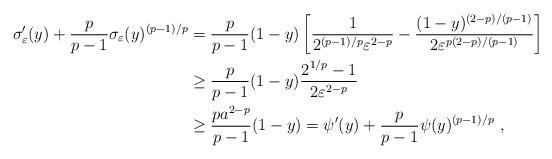
LaTeX: \begin{align*}\sigma_\varepsilon'(y) + \frac{p}{p-1} \sigma_\varepsilon(y)^{(p-1)/p} & = \frac{p}{p-1} (1-y) \left[ \frac{1}{2^{(p-1)/p} \varepsilon^{2-p}} - \frac{(1-y)^{(2-p)/(p-1)}}{2 \varepsilon^{p(2-p)/(p-1)}} \right] \\& \ge \frac{p}{p-1} (1-y) \frac{2^{1/p} - 1}{2 \varepsilon^{2-p}} \\& \ge \frac{p a^{2-p}}{p-1} (1-y) = \psi'(y) + \frac{p}{p-1} \psi(y)^{(p-1)/p}\ ,\end{align*}